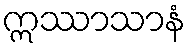
ဣဿာသာနံ